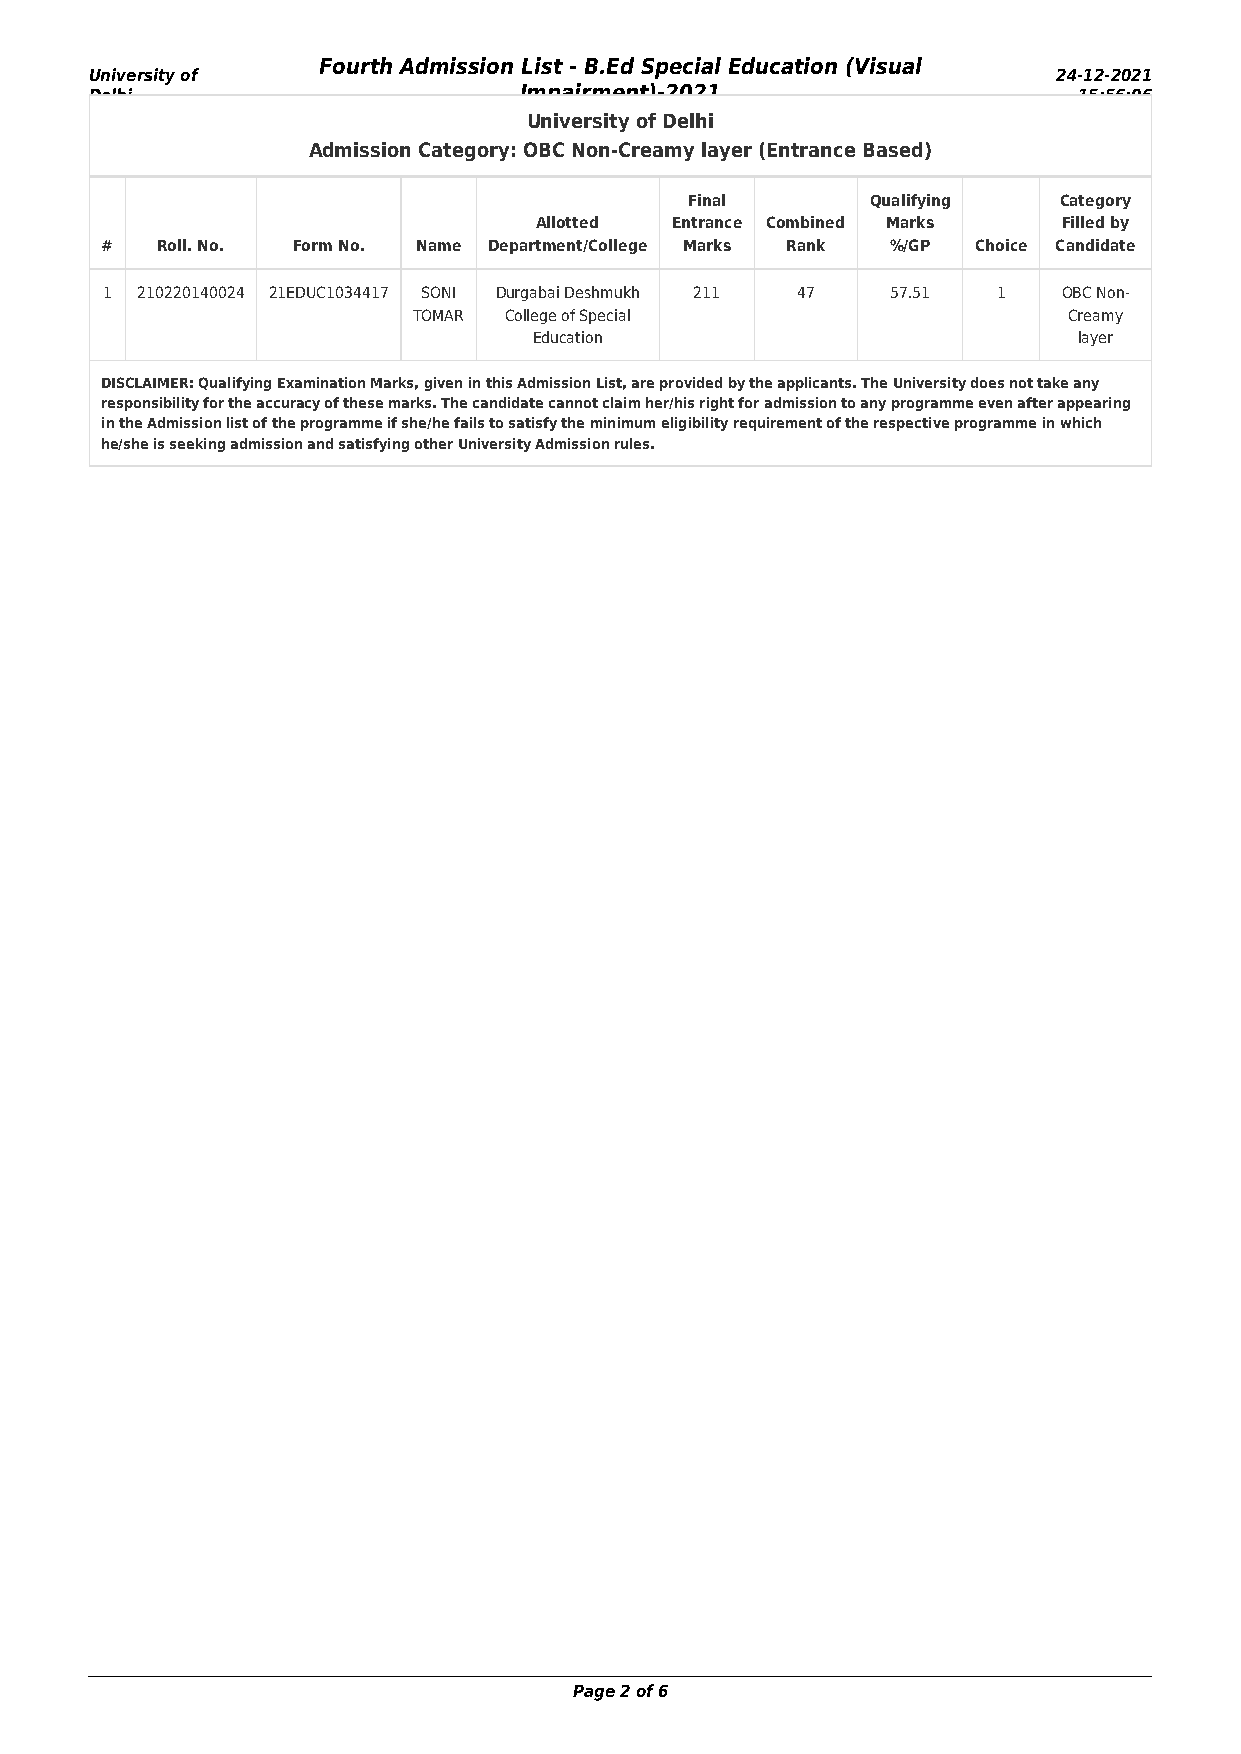
Fourth Admission List - B.Ed Special Education (Visual
 University of                                                   24-12-2021
 Delhi                       Impairment)-2021                     15:56:06
 University of Delhi
 Admission Category: OBC Non-Creamy layer (Entrance Based)
 Final        Qualifying  Category
 Allotted Entrance Combined Marks   Filled by
 #  Roll. No. Form No. Name Department/College Marks Rank %/GP Choice Candidate
 1 210220140024 21EDUC1034417 SONI Durgabai Deshmukh 211 47 57.51 1 OBC Non-
 TOMAR College of Special                    Creamy
 Education                           layer
 DISCLAIMER: Qualifying Examination Marks, given in this Admission List, are provided by the applicants. The University does not take any
 responsibility for the accuracy of these marks. The candidate cannot claim her/his right for admission to any programme even after appearing
 in the Admission list of the programme if she/he fails to satisfy the minimum eligibility requirement of the respective programme in which
 he/she is seeking admission and satisfying other University Admission rules.
 Page 2 of 6